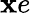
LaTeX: \mathbf{x}e